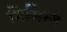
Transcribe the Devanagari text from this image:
निमित्‍त